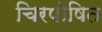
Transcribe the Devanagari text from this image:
चिरपोषित